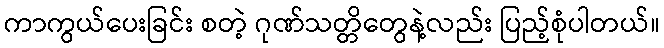
ကာကွယ်ပေးခြင်း စတဲ့ ဂုဏ်သတ္တိတွေနဲ့လည်း ပြည့်စုံပါတယ်။